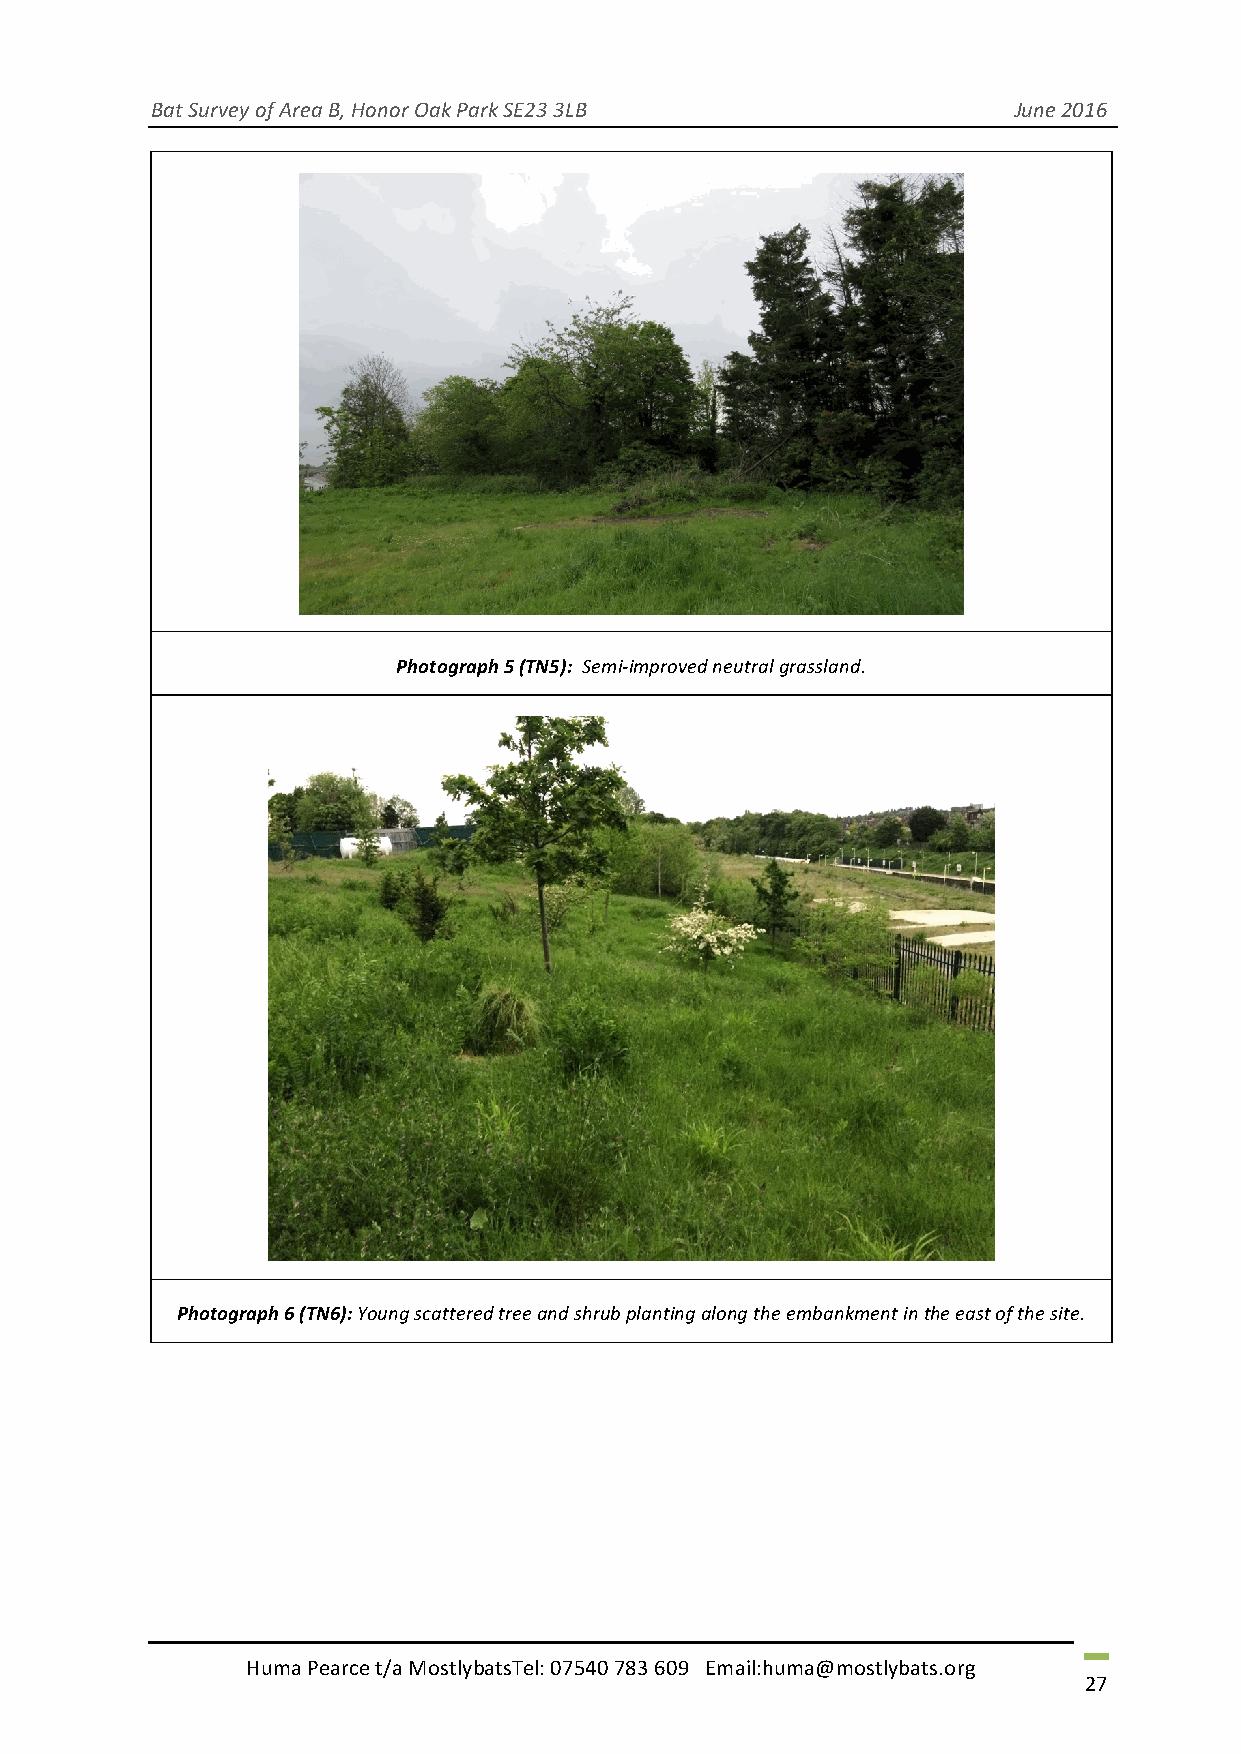
Bat Survey of Area B, Honor Oak Park SE23 3LB            June 2016
 Photograph 5 (TN5): Semi-improved neutral grassland.
 Photograph 6 (TN6): Young scattered tree and shrub planting along the embankment in the east of the site.
 Huma Pearce t/a MostlybatsTel: 07540 783 609 Email:huma@mostlybats.org
 27